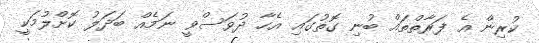
ކުރިން އެ ފަރާތްތައް ބުނި ގޮތުގައި އެހާ ދުވަސްވީ ނަމެއް ބަދަލު ކޮށްލުމަކީ